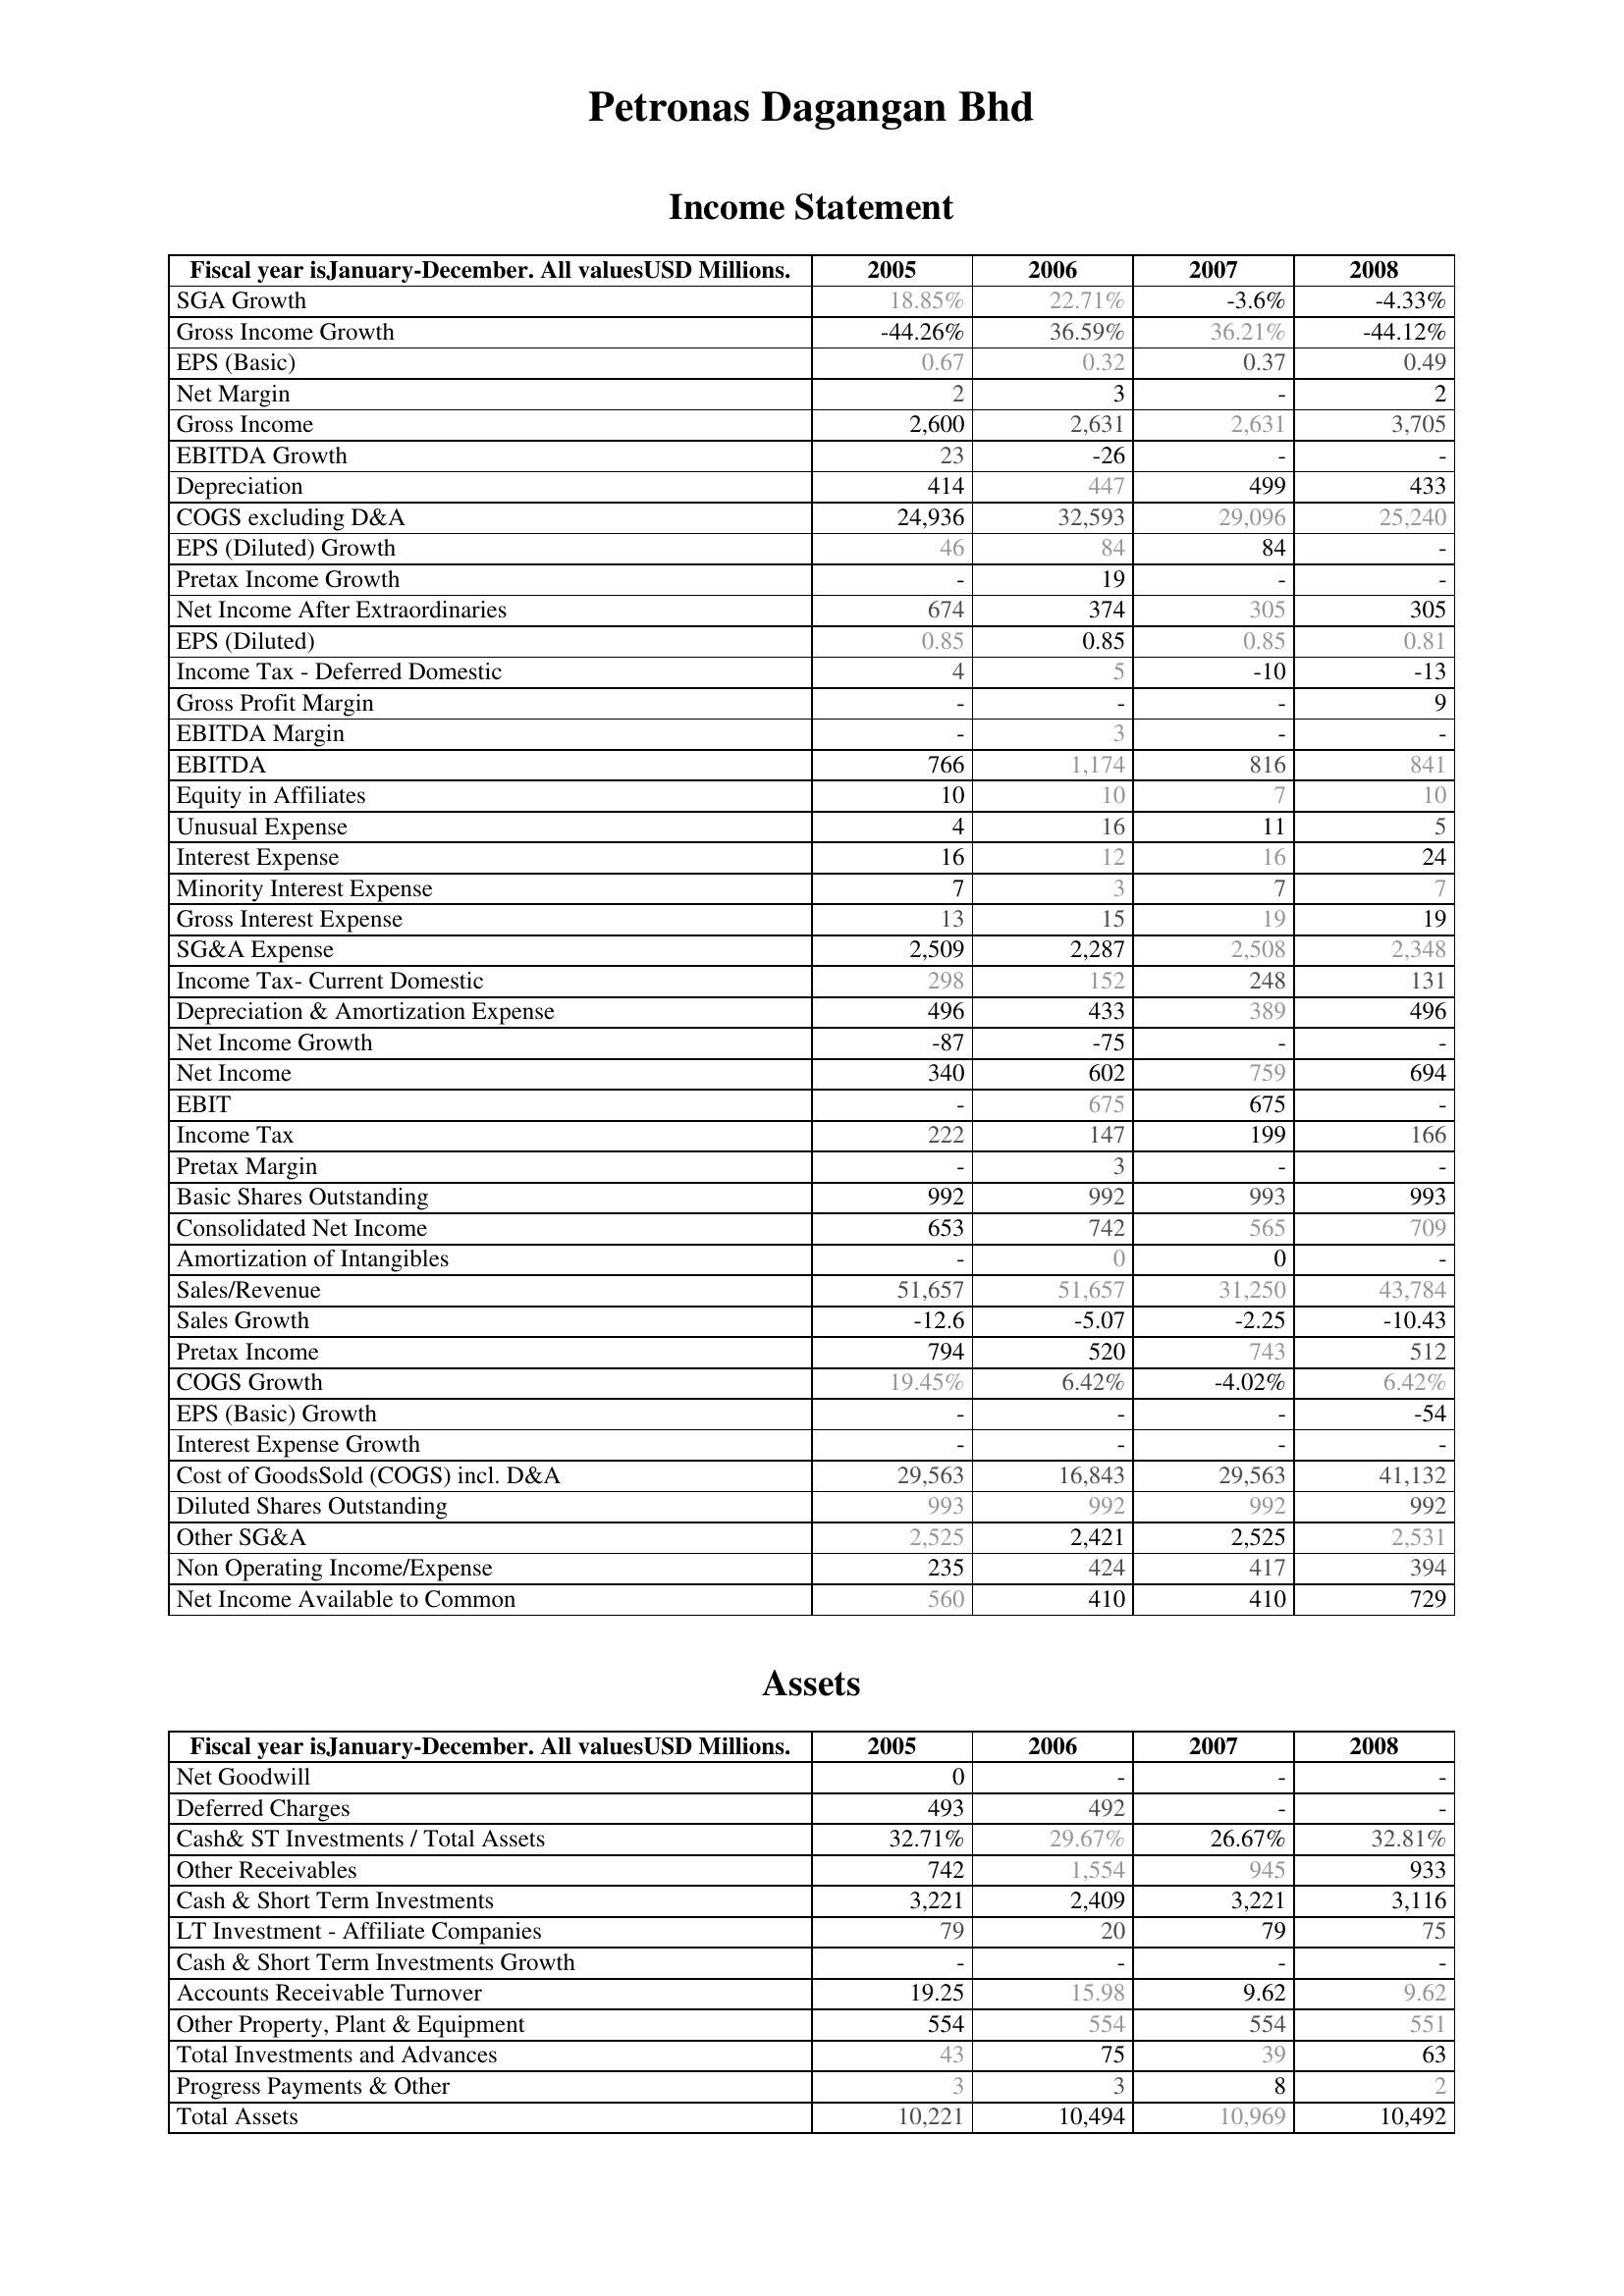
2005: Income Statement: SGA Growth: 18.85%
Gross Income Growth: -44.26%
EPS (Basic): 0.67
Net Margin: 2
Gross Income: 2,600
EBITDA Growth: 23
Depreciation: 414
COGS excluding D&A: 24,936
EPS (Diluted) Growth: 46
Pretax Income Growth: -
Net Income After Extraordinaries: 674
EPS (Diluted): 0.85
Income Tax - Deferred Domestic: 4
Gross Profit Margin: -
EBITDA Margin: -
EBITDA: 766
Equity in Affiliates: 10
Unusual Expense: 4
Interest Expense: 16
Minority Interest Expense: 7
Gross Interest Expense: 13
SG&A Expense: 2,509
Income Tax- Current Domestic: 298
Depreciation & Amortization Expense: 496
Net Income Growth: -87
Net Income: 340
EBIT: -
Income Tax: 222
Pretax Margin: -
Basic Shares Outstanding: 992
Consolidated Net Income: 653
Amortization of Intangibles: -
Sales/Revenue: 51,657
Sales Growth: -12.6
Pretax Income: 794
COGS Growth: 19.45%
EPS (Basic) Growth: -
Interest Expense Growth: -
Cost of GoodsSold (COGS) incl. D&A: 29,563
Diluted Shares Outstanding: 993
Other SG&A: 2,525
Non Operating Income/Expense: 235
Net Income Available to Common: 560
Assets: Net Goodwill: 0
Deferred Charges: 493
Cash& ST Investments / Total Assets: 32.71%
Other Receivables: 742
Cash & Short Term Investments: 3,221
LT Investment - Affiliate Companies: 79
Cash & Short Term Investments Growth: -
Accounts Receivable Turnover: 19.25
Other Property, Plant & Equipment: 554
Total Investments and Advances: 43
Progress Payments & Other: 3
Total Assets: 10,221
2006: Income Statement: SGA Growth: 22.71%
Gross Income Growth: 36.59%
EPS (Basic): 0.32
Net Margin: 3
Gross Income: 2,631
EBITDA Growth: -26
Depreciation: 447
COGS excluding D&A: 32,593
EPS (Diluted) Growth: 84
Pretax Income Growth: 19
Net Income After Extraordinaries: 374
EPS (Diluted): 0.85
Income Tax - Deferred Domestic: 5
Gross Profit Margin: -
EBITDA Margin: 3
EBITDA: 1,174
Equity in Affiliates: 10
Unusual Expense: 16
Interest Expense: 12
Minority Interest Expense: 3
Gross Interest Expense: 15
SG&A Expense: 2,287
Income Tax- Current Domestic: 152
Depreciation & Amortization Expense: 433
Net Income Growth: -75
Net Income: 602
EBIT: 675
Income Tax: 147
Pretax Margin: 3
Basic Shares Outstanding: 992
Consolidated Net Income: 742
Amortization of Intangibles: 0
Sales/Revenue: 51,657
Sales Growth: -5.07
Pretax Income: 520
COGS Growth: 6.42%
EPS (Basic) Growth: -
Interest Expense Growth: -
Cost of GoodsSold (COGS) incl. D&A: 16,843
Diluted Shares Outstanding: 992
Other SG&A: 2,421
Non Operating Income/Expense: 424
Net Income Available to Common: 410
Assets: Net Goodwill: -
Deferred Charges: 492
Cash& ST Investments / Total Assets: 29.67%
Other Receivables: 1,554
Cash & Short Term Investments: 2,409
LT Investment - Affiliate Companies: 20
Cash & Short Term Investments Growth: -
Accounts Receivable Turnover: 15.98
Other Property, Plant & Equipment: 554
Total Investments and Advances: 75
Progress Payments & Other: 3
Total Assets: 10,494
2007: Income Statement: SGA Growth: -3.6%
Gross Income Growth: 36.21%
EPS (Basic): 0.37
Net Margin: -
Gross Income: 2,631
EBITDA Growth: -
Depreciation: 499
COGS excluding D&A: 29,096
EPS (Diluted) Growth: 84
Pretax Income Growth: -
Net Income After Extraordinaries: 305
EPS (Diluted): 0.85
Income Tax - Deferred Domestic: -10
Gross Profit Margin: -
EBITDA Margin: -
EBITDA: 816
Equity in Affiliates: 7
Unusual Expense: 11
Interest Expense: 16
Minority Interest Expense: 7
Gross Interest Expense: 19
SG&A Expense: 2,508
Income Tax- Current Domestic: 248
Depreciation & Amortization Expense: 389
Net Income Growth: -
Net Income: 759
EBIT: 675
Income Tax: 199
Pretax Margin: -
Basic Shares Outstanding: 993
Consolidated Net Income: 565
Amortization of Intangibles: 0
Sales/Revenue: 31,250
Sales Growth: -2.25
Pretax Income: 743
COGS Growth: -4.02%
EPS (Basic) Growth: -
Interest Expense Growth: -
Cost of GoodsSold (COGS) incl. D&A: 29,563
Diluted Shares Outstanding: 992
Other SG&A: 2,525
Non Operating Income/Expense: 417
Net Income Available to Common: 410
Assets: Net Goodwill: -
Deferred Charges: -
Cash& ST Investments / Total Assets: 26.67%
Other Receivables: 945
Cash & Short Term Investments: 3,221
LT Investment - Affiliate Companies: 79
Cash & Short Term Investments Growth: -
Accounts Receivable Turnover: 9.62
Other Property, Plant & Equipment: 554
Total Investments and Advances: 39
Progress Payments & Other: 8
Total Assets: 10,969
2008: Income Statement: SGA Growth: -4.33%
Gross Income Growth: -44.12%
EPS (Basic): 0.49
Net Margin: 2
Gross Income: 3,705
EBITDA Growth: -
Depreciation: 433
COGS excluding D&A: 25,240
EPS (Diluted) Growth: -
Pretax Income Growth: -
Net Income After Extraordinaries: 305
EPS (Diluted): 0.81
Income Tax - Deferred Domestic: -13
Gross Profit Margin: 9
EBITDA Margin: -
EBITDA: 841
Equity in Affiliates: 10
Unusual Expense: 5
Interest Expense: 24
Minority Interest Expense: 7
Gross Interest Expense: 19
SG&A Expense: 2,348
Income Tax- Current Domestic: 131
Depreciation & Amortization Expense: 496
Net Income Growth: -
Net Income: 694
EBIT: -
Income Tax: 166
Pretax Margin: -
Basic Shares Outstanding: 993
Consolidated Net Income: 709
Amortization of Intangibles: -
Sales/Revenue: 43,784
Sales Growth: -10.43
Pretax Income: 512
COGS Growth: 6.42%
EPS (Basic) Growth: -54
Interest Expense Growth: -
Cost of GoodsSold (COGS) incl. D&A: 41,132
Diluted Shares Outstanding: 992
Other SG&A: 2,531
Non Operating Income/Expense: 394
Net Income Available to Common: 729
Assets: Net Goodwill: -
Deferred Charges: -
Cash& ST Investments / Total Assets: 32.81%
Other Receivables: 933
Cash & Short Term Investments: 3,116
LT Investment - Affiliate Companies: 75
Cash & Short Term Investments Growth: -
Accounts Receivable Turnover: 9.62
Other Property, Plant & Equipment: 551
Total Investments and Advances: 63
Progress Payments & Other: 2
Total Assets: 10,492